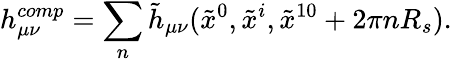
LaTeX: h_{\mu\nu}^{comp}=\sum_{n}\tilde{h}_{\mu\nu}(\tilde{x}^{0},\tilde{x}^{i},\tilde{x}^{10}+2\pi nR_{s}).